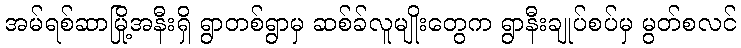
အမ်ရစ်ဆာမြို့အနီးရှိ ရွာတစ်ရွာမှ ဆစ်ခ်လူမျိုးတွေက ရွာနီးချုပ်စပ်မှ မွတ်စလင်